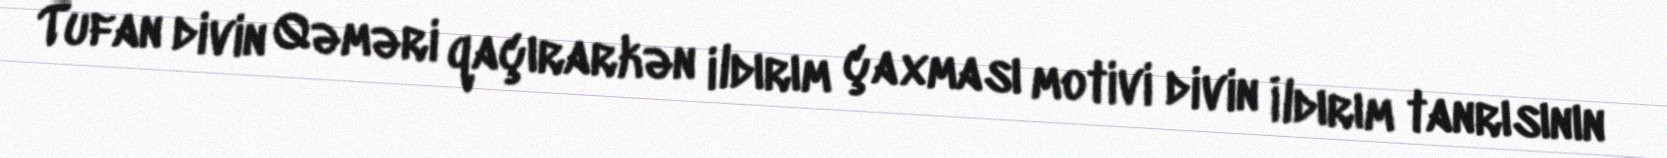
Tufan divin Qəməri qaçırarkən ildırım çaxması motivi divin İldırım tanrısının